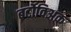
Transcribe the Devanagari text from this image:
बर्टोविअक